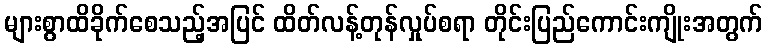
များစွာထိခိုက်စေသည့်အပြင် ထိတ်လန့်တုန်လှုပ်စရာ တိုင်းပြည်ကောင်းကျိုးအတွက်